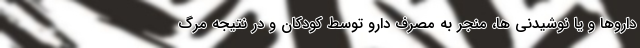
داروها و یا نوشیدنی ها، منجر به مصرف دارو توسط کودکان و در نتیجه مرگ